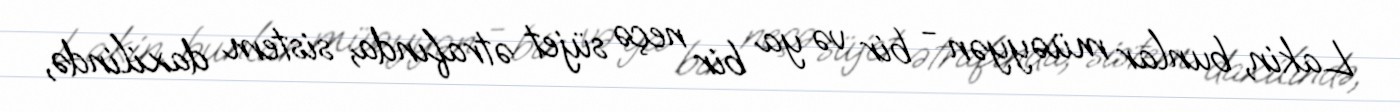
Lakin, bunlar müəyyən - bir və ya bir neçə süjet ətrafında, sistem daxilində,